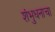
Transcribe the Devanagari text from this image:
शंभुधनाचा